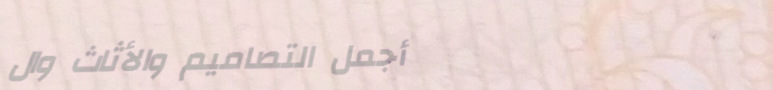
أجمل التصاميم والأثاث وال